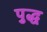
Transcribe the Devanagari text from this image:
पुद्ध